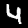
Label: 4